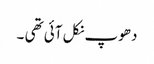
دھوپ نکل آئی تھی ۔